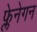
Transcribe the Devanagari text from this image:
फ्लेनेगन